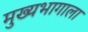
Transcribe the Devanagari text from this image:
मुख्यभागाला